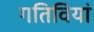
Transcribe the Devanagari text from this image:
गतिवियां